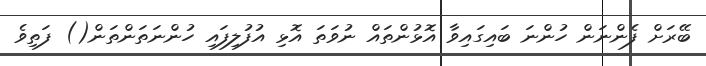
ބޭރަށް ފެންނަން ހުންނަ ބައިގައިވާ އޮޅުންތައް ނުވަތަ އޮޅި އުފުލިފައި ހުންނަތަންތަން() ފަތިވެ